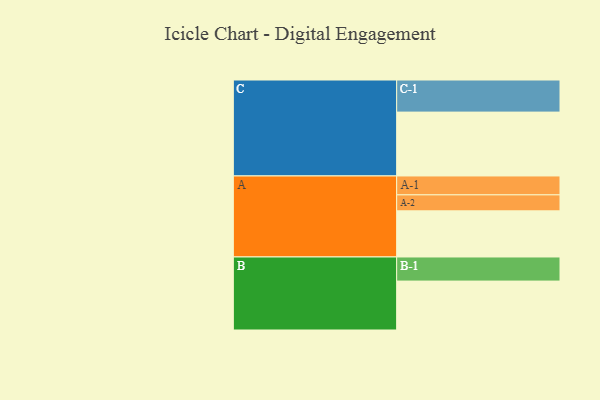
{"axis": {"x": "Segment", "y": "Value"}, "legend": ["", "A", "B", "C"], "data": [{"x": "A", "y": 398, "type": ""}, {"x": "B", "y": 422, "type": ""}, {"x": "C", "y": 551, "type": ""}, {"x": "A-1", "y": 163, "type": "A"}, {"x": "A-2", "y": 138, "type": "A"}, {"x": "B-1", "y": 208, "type": "B"}, {"x": "C-1", "y": 277, "type": "C"}]}